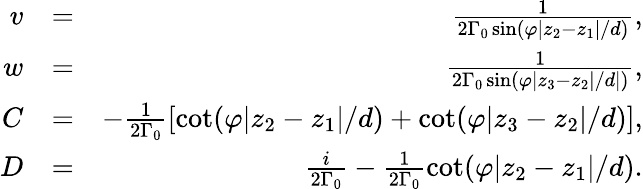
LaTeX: \begin{array}{rlr}{v}&{=}&{\frac{1}{2\Gamma_{0}\sin(\varphi|z_{2}-z_{1}|/d)},}\\ {w}&{=}&{\frac{1}{2\Gamma_{0}\sin(\varphi|z_{3}-z_{2}|/d|)},}\\ {C}&{=}&{-\frac{1}{2\Gamma_{0}}\left[\cot(\varphi|z_{2}-z_{1}|/d)+\cot(\varphi|z_{3}-z_{2}|/d)\right],}\\ {D}&{=}&{\frac{i}{2\Gamma_{0}}-\frac{1}{2\Gamma_{0}}\cot(\varphi|z_{2}-z_{1}|/d).}\end{array}